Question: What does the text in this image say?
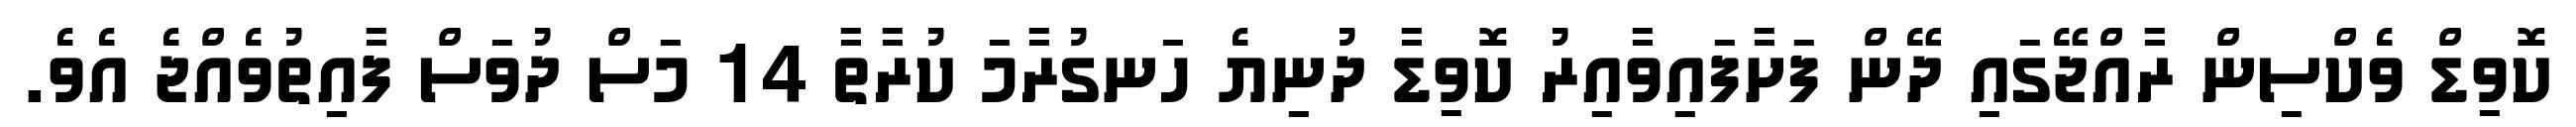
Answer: ކޮވިޑް ވެކްސިން ރާއްޖޭގައި ދޭން ފަށާފައިވާއިރު ކޮވިޑާ ދުނިޔެ ހަނގުރާމަ ކުރާތާ 14 މަސް ދުވަސް ފާއިތުވެއްޖެ އެވެ.